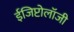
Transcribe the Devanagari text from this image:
ईजिप्टोलॉजी